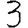
Digit: 3